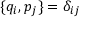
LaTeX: \{ q _ { i } , p _ { j } \} = \delta _ { i j }